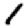
Digit: 1